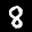
Label: 8